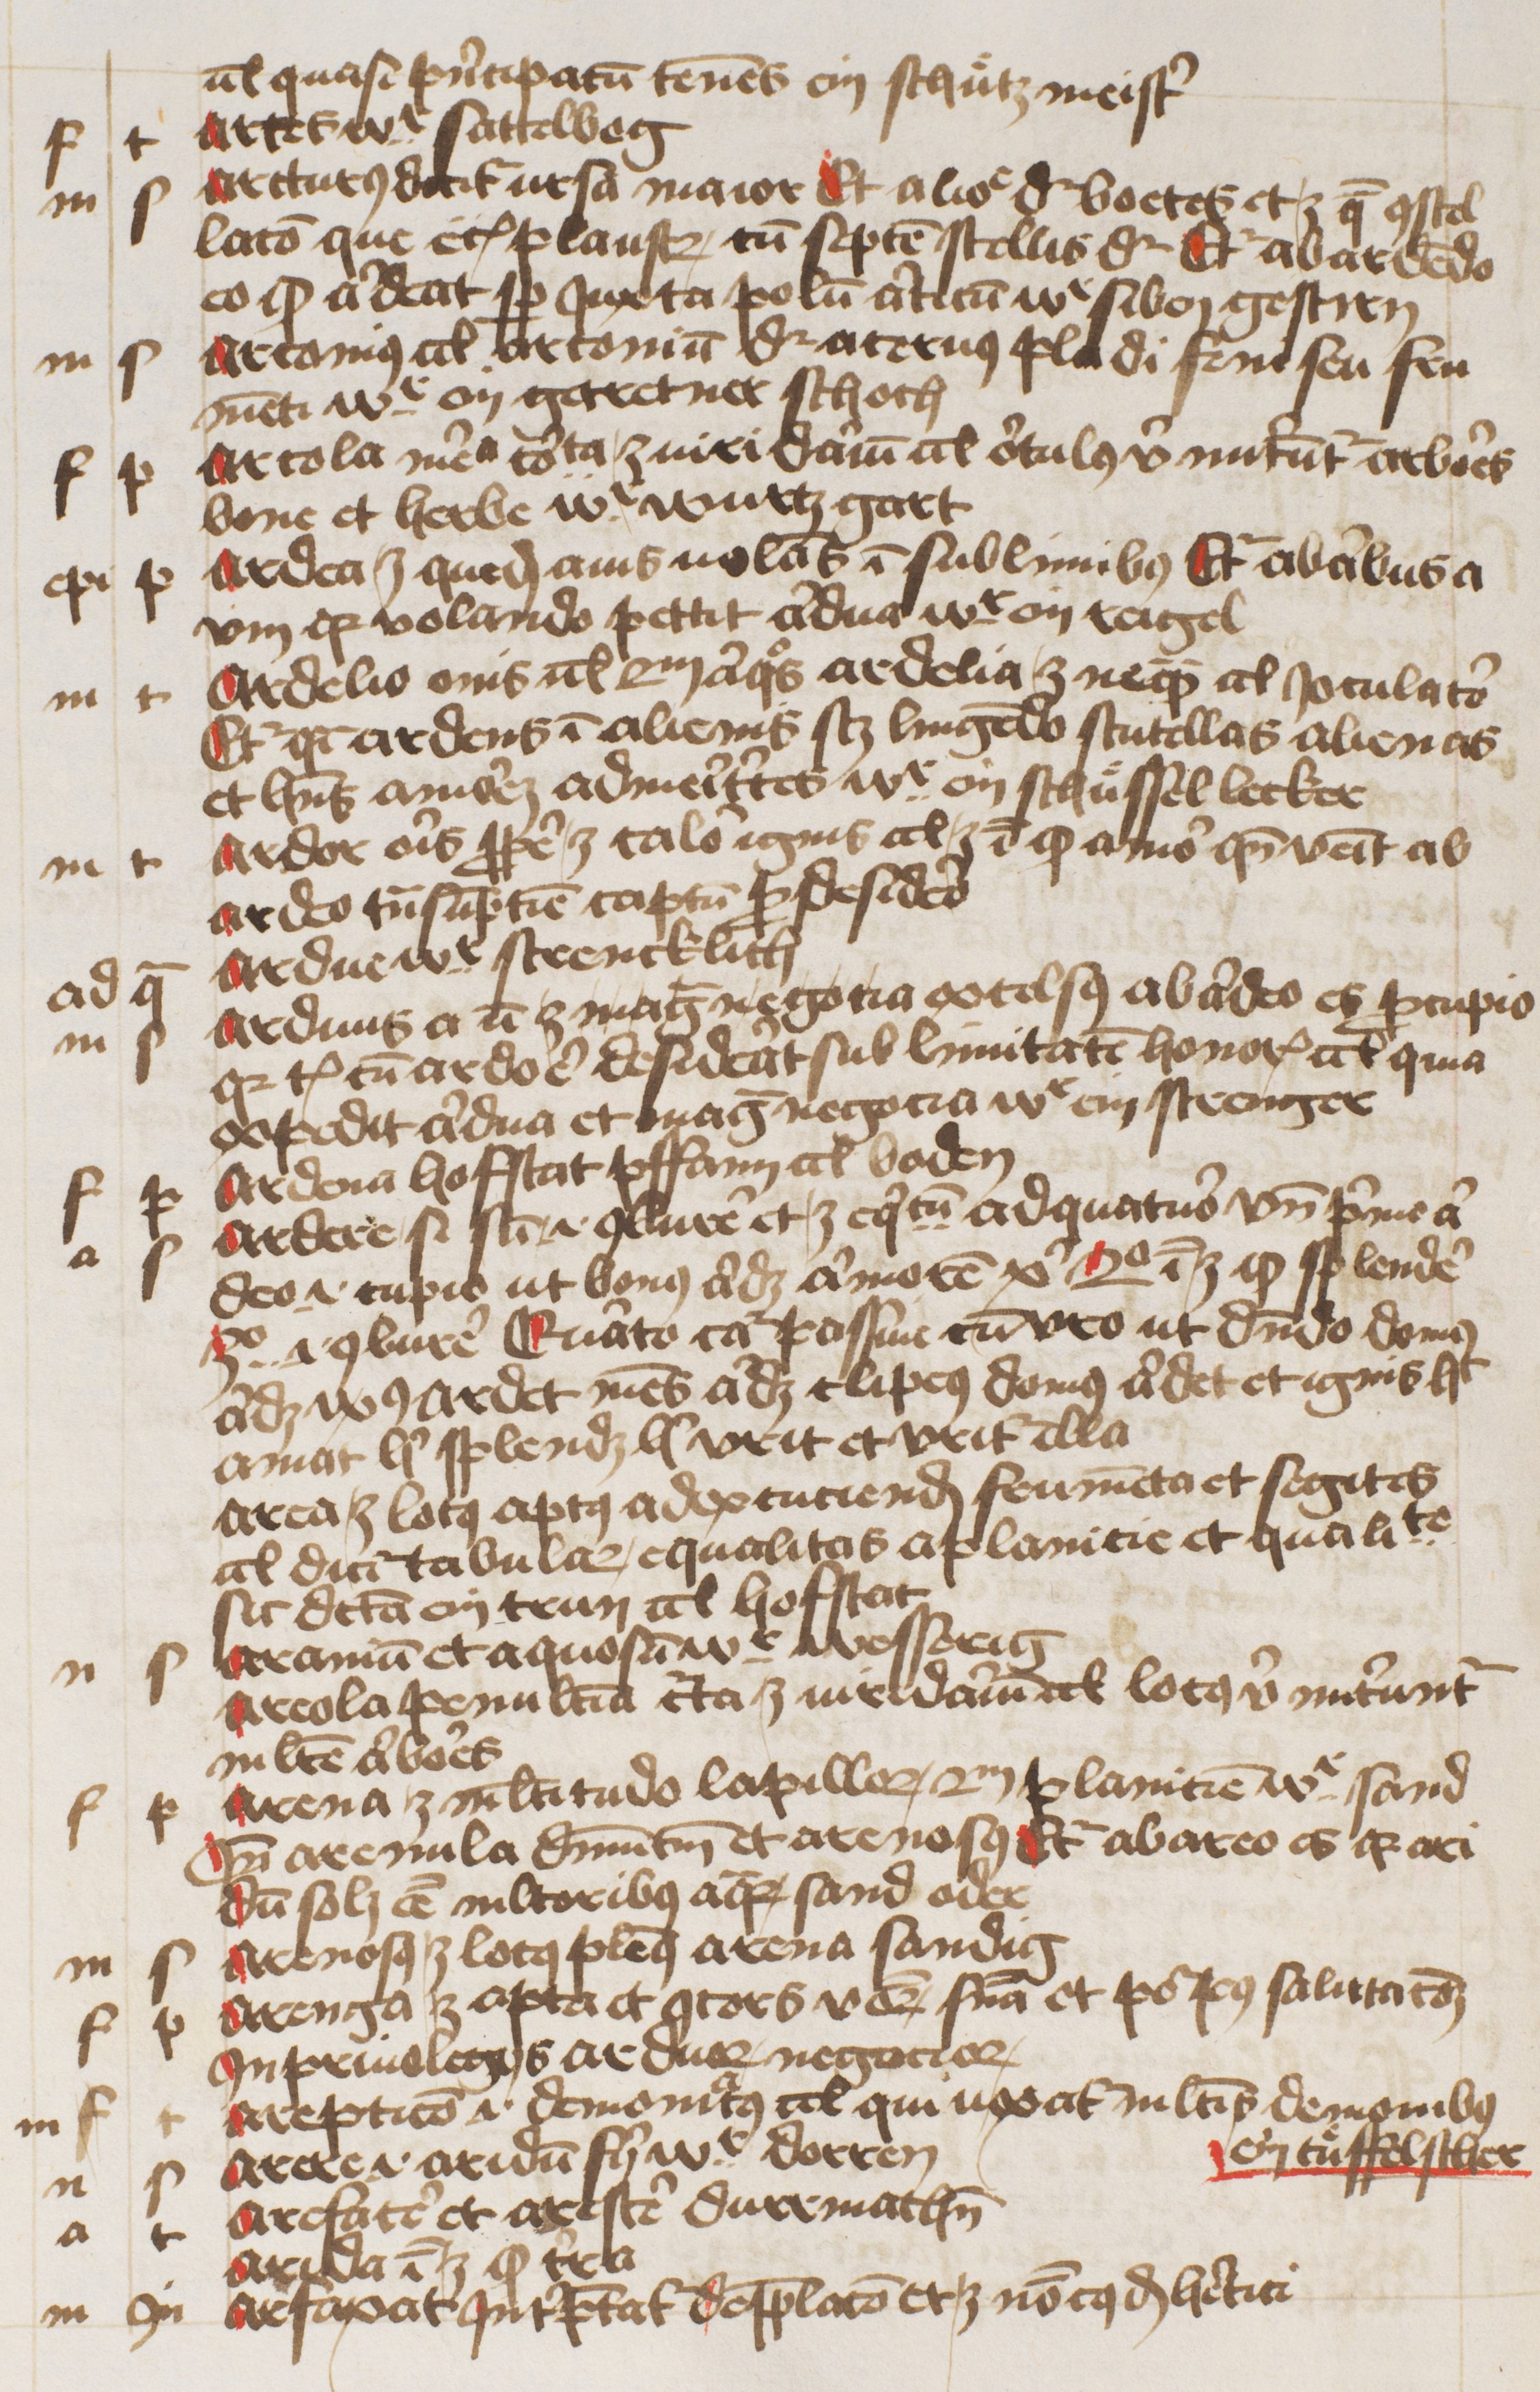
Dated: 1445–1455